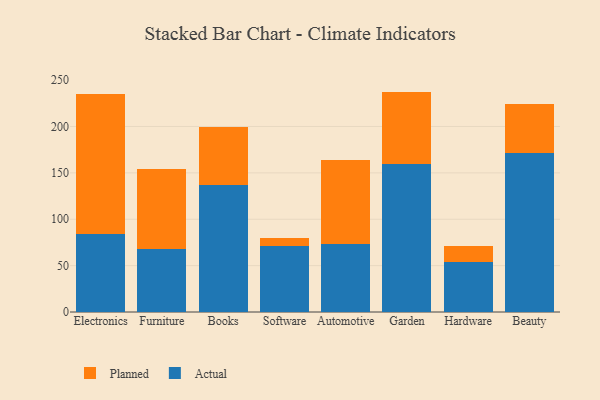
{"axis": {"x": "Category", "y": "Tickets Resolved"}, "legend": ["Actual", "Planned"], "data": [{"x": "Electronics", "y": 83.9, "type": "Actual"}, {"x": "Electronics", "y": 151.5, "type": "Planned"}, {"x": "Furniture", "y": 67.8, "type": "Actual"}, {"x": "Furniture", "y": 86.2, "type": "Planned"}, {"x": "Books", "y": 136.9, "type": "Actual"}, {"x": "Books", "y": 62.9, "type": "Planned"}, {"x": "Software", "y": 71.5, "type": "Actual"}, {"x": "Software", "y": 8.8, "type": "Planned"}, {"x": "Automotive", "y": 73.8, "type": "Actual"}, {"x": "Automotive", "y": 90.4, "type": "Planned"}, {"x": "Garden", "y": 159.8, "type": "Actual"}, {"x": "Garden", "y": 77.8, "type": "Planned"}, {"x": "Hardware", "y": 53.8, "type": "Actual"}, {"x": "Hardware", "y": 17.7, "type": "Planned"}, {"x": "Beauty", "y": 171.2, "type": "Actual"}, {"x": "Beauty", "y": 53.1, "type": "Planned"}]}